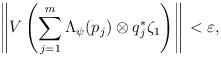
LaTeX: \begin{align*}\left\|V\left(\sum_{j=1}^m\Lambda_{\psi}(p_j)\otimes q_j^*\zeta_1\right)\right\|\,<\varepsilon,\end{align*}